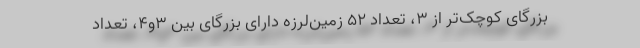
بزرگای کوچک‌تر از ۳، تعداد ۵۲ زمین‌لرزه دارای بزرگای بین ۳و۴، تعداد